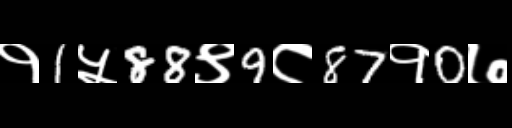
Text: १1५88९9८87१0७